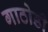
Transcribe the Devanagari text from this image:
गाठोडी